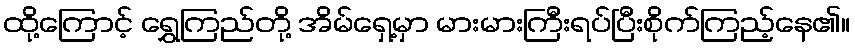
ထို့ကြောင့် ရွှေကြည်တို့ အိမ်ရှေ့မှာ မားမားကြီးရပ်ပြီးစိုက်ကြည့်နေ၏။